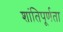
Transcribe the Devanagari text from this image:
शांतिपूर्णता